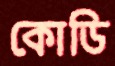
কোডি